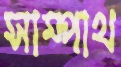
সাম্পাথ